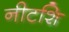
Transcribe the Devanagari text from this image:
नीटशि